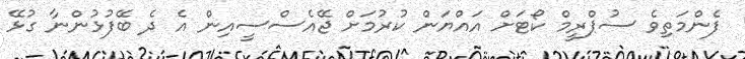
ފެންމަތިވެ ސުޕްރީމް ކޯޓަށް އައްޔަން ކުރުމަށް ޖޭއެސްސީއިން އެ ދެ ބޭފުޅުންނާ ގުޅޭ